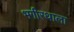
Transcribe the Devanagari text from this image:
भगीरथाला